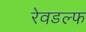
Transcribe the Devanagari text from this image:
रेवडल्फ